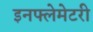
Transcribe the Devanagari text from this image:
इनफ्लेमेटरी